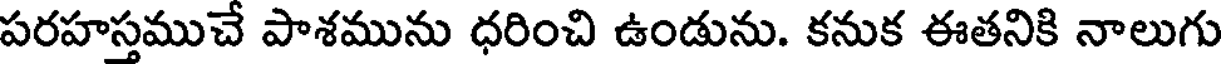
పరహస్తముచే పాశమును ధరించి ఉండును. కనుక ఈతనికి నాలుగు